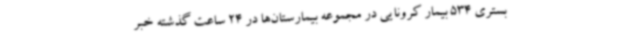
بستری 534 بیمار کرونایی در مجموعه بیمارستان‌ها در 24 ساعت گذشته خبر